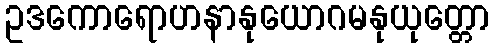
ဥဒကောရောဟနာနုယောဂမနုယုတ္တော